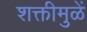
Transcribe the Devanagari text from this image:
शक्तीमुळें